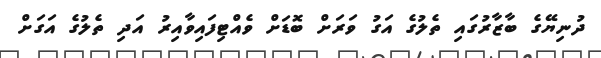
ދުނިޔޭގެ ބާޒާރުގައި ތެލުގެ އަގު ވަރަށް ބޮޑަށް ވެއްޓިފައިވާއިރު އަދި ތެލުގެ އަގަށް